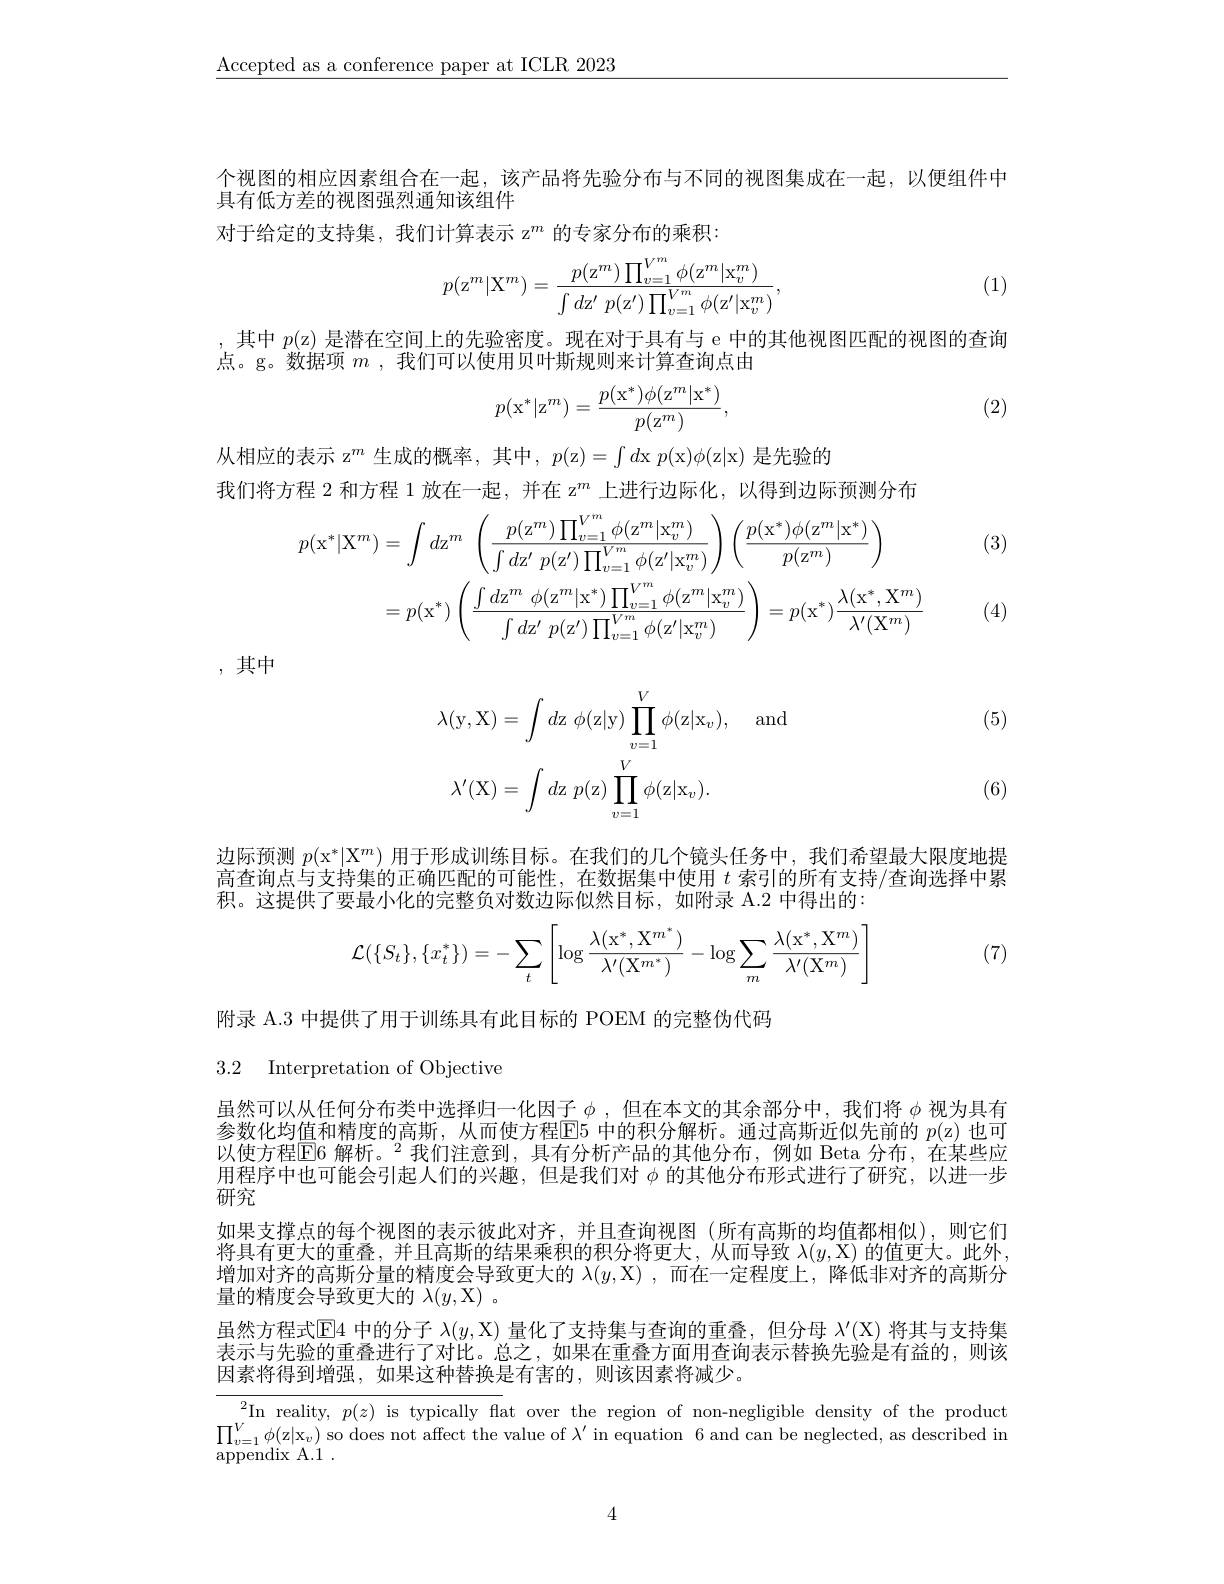
$\underline{\text{Accepted as a conference paper at ICLR 2023}}$

个视图的相应因素组合在一起，该产品将先验分布与不同的视图集成在一起，以便组件中
具有低方差的视图强烈通知该组件
对于给定的支持集，我们计算表示 z$^{m}$的专家分布的乘积：
$$p(\mathrm{z}^m|\mathrm{X}^m)=\frac{p(\mathrm{z}^m)\prod_{v=1}^{V^m}\phi(\mathrm{z}^m|\mathrm{x}_v^m)}{\int d\mathrm{z}'\:p(\mathrm{z}')\prod_{v=1}^{V^m}\phi(\mathrm{z}'|\mathrm{x}_v^m)},$$
(1)

,其中$p($z) 是潜在空间上的先验密度。现在对于具有与 e 中的其他视图匹配的视图的查询
点。g。数据项$m$ ,我们可以使用贝叶斯规则来计算查询点由
$$p(\mathrm x^*|\mathrm z^m)=\frac{p(\mathrm x^*)\phi(\mathrm z^m|\mathrm x^*)}{p(\mathrm z^m)},$$
(2)

从相应的表示 z$^m$生成的概率，其中，$p($z$) = \int d$x $p($x$) \phi ($z|x)是先验的
我们将方程 2 和方程 1 放在一起，并在 z$^m$上进行边际化，以得到边际预测分布
$$\begin{aligned}p(\mathrm{x}^{*}|\mathrm{X}^{m})&=\int d\mathrm{z}^{m}\:\left(\frac{p(\mathrm{z}^{m})\prod_{v=1}^{V^{m}}\phi(\mathrm{z}^{m}|\mathrm{x}_{v}^{m})}{\int d\mathrm{z}^{\prime}\:p(\mathrm{z}^{\prime})\prod_{v=1}^{V^{m}}\phi(\mathrm{z}^{\prime}|\mathrm{x}_{v}^{m})}\right)\left(\frac{p(\mathrm{x}^{*})\phi(\mathrm{z}^{m}|\mathrm{x}^{*})}{p(\mathrm{z}^{m})}\right)\\&=p(\mathrm{x}^{*})\left(\frac{\int d\mathrm{z}^{m}\:\phi(\mathrm{z}^{m}|\mathrm{x}^{*})\prod_{v=1}^{V^{m}}\phi(\mathrm{z}^{m}|\mathrm{x}_{v}^{m})}{\int d\mathrm{z}^{\prime}\:p(\mathrm{z}^{\prime})\prod_{v=1}^{V^{m}}\phi(\mathrm{z}^{\prime}|\mathrm{x}_{v}^{m})}\right)=p(\mathrm{x}^{*})\frac{\lambda(\mathrm{x}^{*},\mathrm{X}^{m})}{\lambda^{\prime}(\mathrm{X}^{m})}\end{aligned}$$
(3)

(4)

,其中

(5)
$$\begin{aligned}&\lambda(\mathrm{y},\mathrm{X})=\int d\mathrm{z}\:\phi(\mathrm{z}|\mathrm{y})\prod_{v=1}^{V}\phi(\mathrm{z}|\mathrm{x}_{v}),\quad\mathrm{and}\\&\lambda^{\prime}(\mathrm{X})=\int d\mathrm{z}\:p(\mathrm{z})\prod_{v=1}^{V}\phi(\mathrm{z}|\mathrm{x}_{v}).\end{aligned}$$
(6)

边际预测$p(\mathrm{x}^*|\mathrm{X}^m)$用于形成训练目标。在我们的几个镜头任务中，我们希望最大限度地提高查询点与支持集的正确匹配的可能性，在数据集中使用 $t$ 索引的所有支持/查询选择中累积。这提供了要最小化的完整负对数边际似然目标，如附录 A.2 中得出的：
$$\mathcal{L}(\{S_t\},\{x_t^*\})=-\sum_t\left[\log\frac{\lambda(\mathrm{x}^*,\mathrm{X}^{m^*})}{\lambda'(\mathrm{X}^{m^*})}-\log\sum_m\frac{\lambda(\mathrm{x}^*,\mathrm{X}^m)}{\lambda'(\mathrm{X}^m)}\right]$$
(7)

附录 A.3 中提供了用于训练具有此目标的 POEM 的完整伪代码
3.2 Interpretation of Objective

用程序中也可能会引起人们的兴趣，但是我们对$\phi$的其他分布形式进行了研究，以进一步
研究

虽然可以从任何分布类中选择归一化因子$\phi$ ,但在本文的其余部分中，我们将$\phi$视为具有参数化均值和精度的高斯，从而使方程$\boxed{\text{E}5}$中的积分解析。通过高斯近似先前的$p($z)也可以使方程$\mathbb{E} \text{E6 解 析 。}^2$我们注意到，具有分析产品的其他分布，例如 Beta 分布，在某些应如果支撑点的每个视图的表示彼此对齐，并且查询视图(所有高斯的均值都相似),则它们将具有更大的重叠，并且高斯的结果乘积的积分将更大，从而导致$\lambda(y,\mathbb{X})$的值更大。此外增加对齐的高斯分量的精度会导致更大的$\lambda(y,\mathcal{X})$ ,而在一定程度上，降低非对齐的高斯分量的精度会导致更大的$\lambda(y$,X) 。
虽然方程式$\mathbb{E}$4 中的分子$\lambda(y,\mathbb{X})$量化了支持集与查询的重叠，但分母$\lambda^\prime(\mathbb{X})$将其与支持集表示与先验的重叠进行了对比。总之，如果在重叠方面用查询表示替换先验是有益的，则该因素将得到增强，如果这种替换是有害的，则该因素将减少。
In reality, $p( z)$ is typically flat over the region of non-negligible density of the product $\prod_{v=1}^V\phi(\mathrm{z|x}_v)$ so does not affect the value of $\lambda^\prime$ in equation 6 and can be neglected, as described in

appendix A.1 .

4